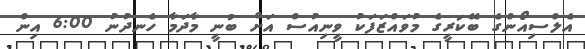
އެލްސިއޯންގެ ބޭކަރީގެ މުވައްޒަފަކު ވީނިއުސް އަށް ބުނީ މާދަމާ ހެނދުނު 6:00 އިން